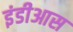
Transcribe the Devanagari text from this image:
इंडीआस